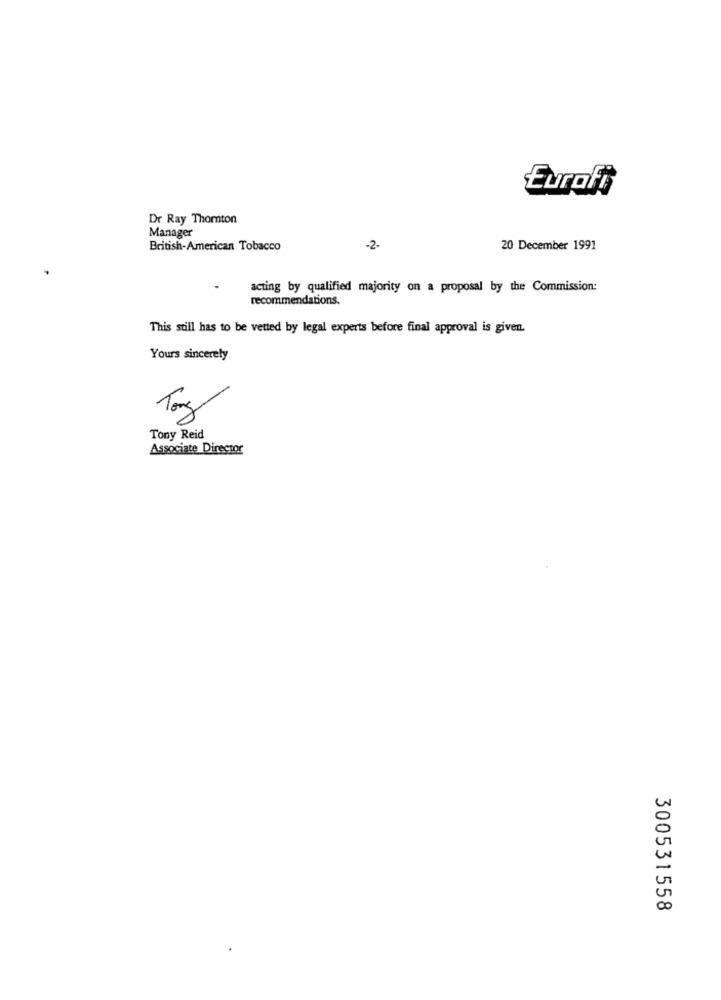
EuraFi
Dr Ray Thornton
Manager
British-American Tobacco
-2-
20 December 1991
acting by qualified majority on a proposal by the Commission:
recommendations.
This still has to be vetted by legal experts before final approval is given.
Yours sincerely
Toz
Tony Reid
Associate Director
300531558